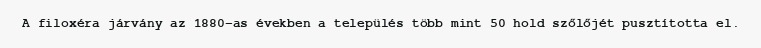
A filoxéra járvány az 1880-as években a település több mint 50 hold szőlőjét pusztította el.